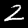
Digit: 2